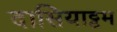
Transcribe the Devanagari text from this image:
दासियाट्टम